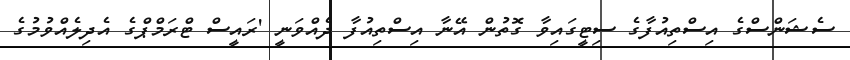
ސެޝަންސްގެ އިސްތިއުފާގެ ސިޓީގައިވާ ގޮތުން އޭނާ އިސްތިއުފާ ދެއްވަނީ 'ރައީސް ޓްރަމްޕްގެ އެދިލެއްވުމުގެ